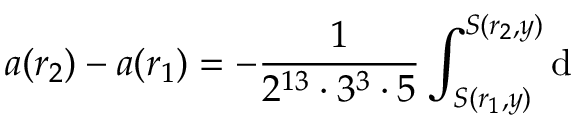
a ( r _ { 2 } ) - a ( r _ { 1 } ) = - \frac { 1 } { 2 ^ { 1 3 } \cdot 3 ^ { 3 } \cdot 5 } \int _ { S ( r _ { 1 } , y ) } ^ { S ( r _ { 2 } , y ) } \mathrm { d }